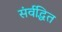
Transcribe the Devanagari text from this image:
संर्वद्धित